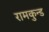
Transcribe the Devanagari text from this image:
रामकुन्ड